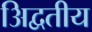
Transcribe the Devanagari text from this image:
अिद्वतीय